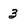
Character: 3